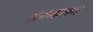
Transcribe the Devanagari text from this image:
प्रग्णालय